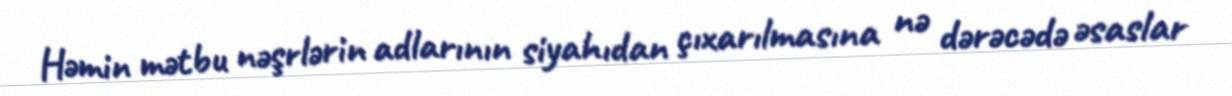
Həmin mətbu nəşrlərin adlarının siyahıdan çıxarılmasına nə dərəcədə əsaslar